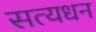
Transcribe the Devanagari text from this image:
सत्यधन